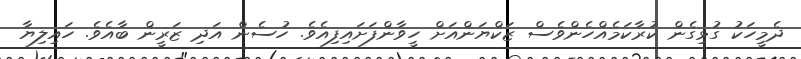
ދެމީހަކު ގުޅިގެން ކުރާކަމެއްހެންވެސް ޒަކްޔަންއަށް ހީވާންފަށައިފިއެވެ. ހުސެން އަދި ޒަރީން ބާއެވެ. ހައިލިޔާ